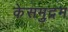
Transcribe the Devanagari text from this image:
केसमुद्रम